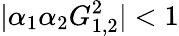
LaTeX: |\alpha_{1}\alpha_{2}G_{1,2}^{2}|<1